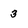
Character: 3